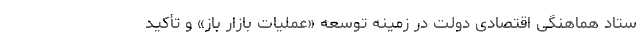
ستاد هماهنگی اقتصادی دولت در زمینه توسعه «عملیات بازار باز» و تأکید